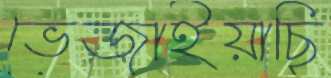
ভেজাইয়াছি